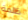
ظلمة